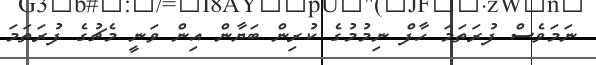
ނަމަވެސް ފުރަތަމަ ހާފް ނިމުމުގެ ކުރިން ބަޔާން އިން ވަނީ މެޗުގެ ފުރަތަމަ